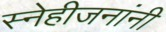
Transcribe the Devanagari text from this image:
स्नेहीजनांनी